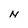
Character: N